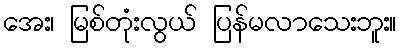
အေး၊ မြစ်တုံးလွယ် ပြန်မလာသေးဘူး။